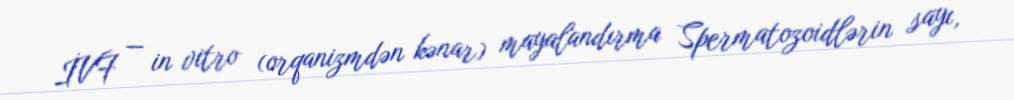
İVF — in vitro (orqanizmdən kənar) mayalandırma Spermatozoidlərin sayı,